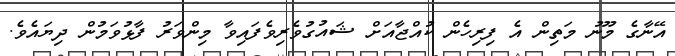
އޭނާގެ މޫނު މަތިން އެ ފިރިހެން ކުއްޖާއަށް ޝައުގުވެރިވެފައިވާ މިންވަރު ފާޅުވަމުން ދިޔައެވެ.